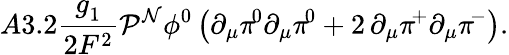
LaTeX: A3.2\frac{g_{1}^{}}{2F^{2}}{\cal P}^{\cal N}\phi^{0}\left(\partial_{\mu}\pi^{\! 0}\partial_{\mu}\pi^{\! 0}+2\, \partial_{\mu}\pi^{\! +}\partial_{\mu}\pi^{\! -}\right).